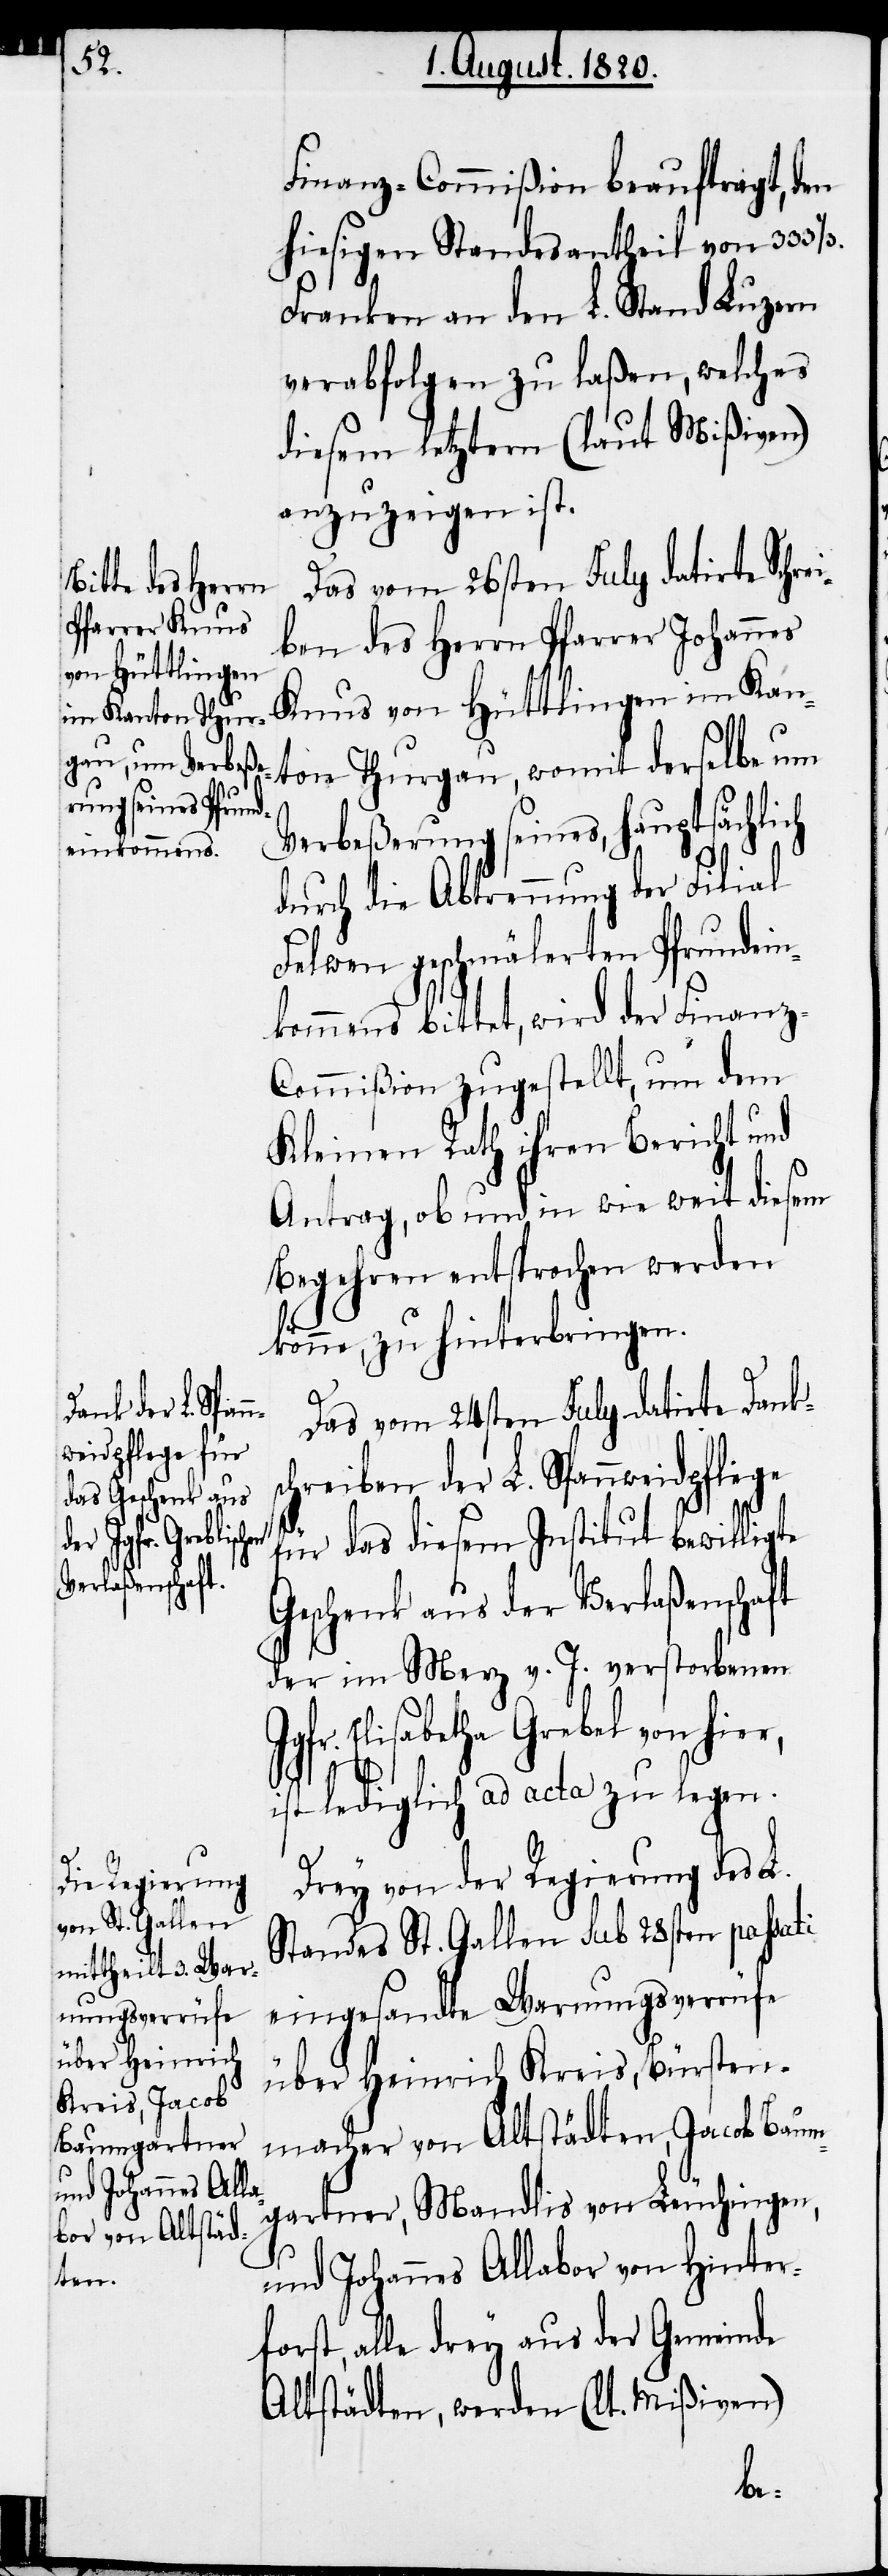
Finanz-Commißion beauftragt, den
hiesigen Standesantheil von 333
Franken an den L. Stand Luzern
verabfolgen zu laßen welches
diesem letztern (laut Mißiven)
anzuzeigen ist.
Das vom 26sten July datirte Schre¬
iben des Herrn Pfarrer Johannes
Knus von Hüttlingen im Kan¬
ton Thurgau, womit derselbe um
Verbeßerung seines, hauptsächlich
durch die Abtrennung der Filial
Felwen geschmälerten Pfrundein¬
kommens bittet, wird der Finanz-C¬
ommißion zugestellt, um dem
Kleinen Rath ihren Bericht und
Antrag, ob und in wie weit diesem
Begehren entsprochen werden
könne, zu hinterbringen.
Das vom 24sten July datirte Danks¬
chreiben der L. Spannweidpflege
für das diesem Institut bewilligte
Geschenk aus der Verlaßenschaft
der im Merz v. J. verstorbenen
Jgfr. Elisabetha Grebel von hier,
ist lediglich ad acta zu legen.
Drey von der Regierung des L.
Standes St. Gallen sub 28sten passati
eingesandte Warnungsverrüfe
über Heinrich Kreis, Bürsten¬
macher von Altstädten, Jacob Baum¬
gartner, Mandlis von Leuchingen,
und Johannes Allabor von Hinter¬
forst, alle drey aus der Gemeinde
Altstädten, werden (lt. Mißiven)